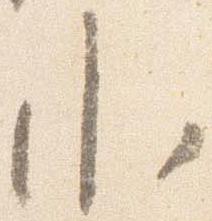
小